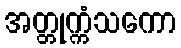
အတ္တုက္ကံသကော